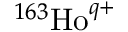
^ { 1 6 3 } \mathrm { H o } ^ { q + }